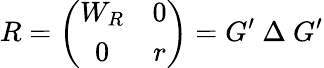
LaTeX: R=\left(\begin{array}{cc}{{W_{R}}}&{{0}}\\ {{0}}&{{r}}\end{array}\right)=G^{\prime}~\Delta~G^{\prime}